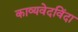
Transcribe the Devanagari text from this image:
काव्यवेदविंदा